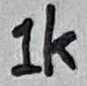
Text: 1K